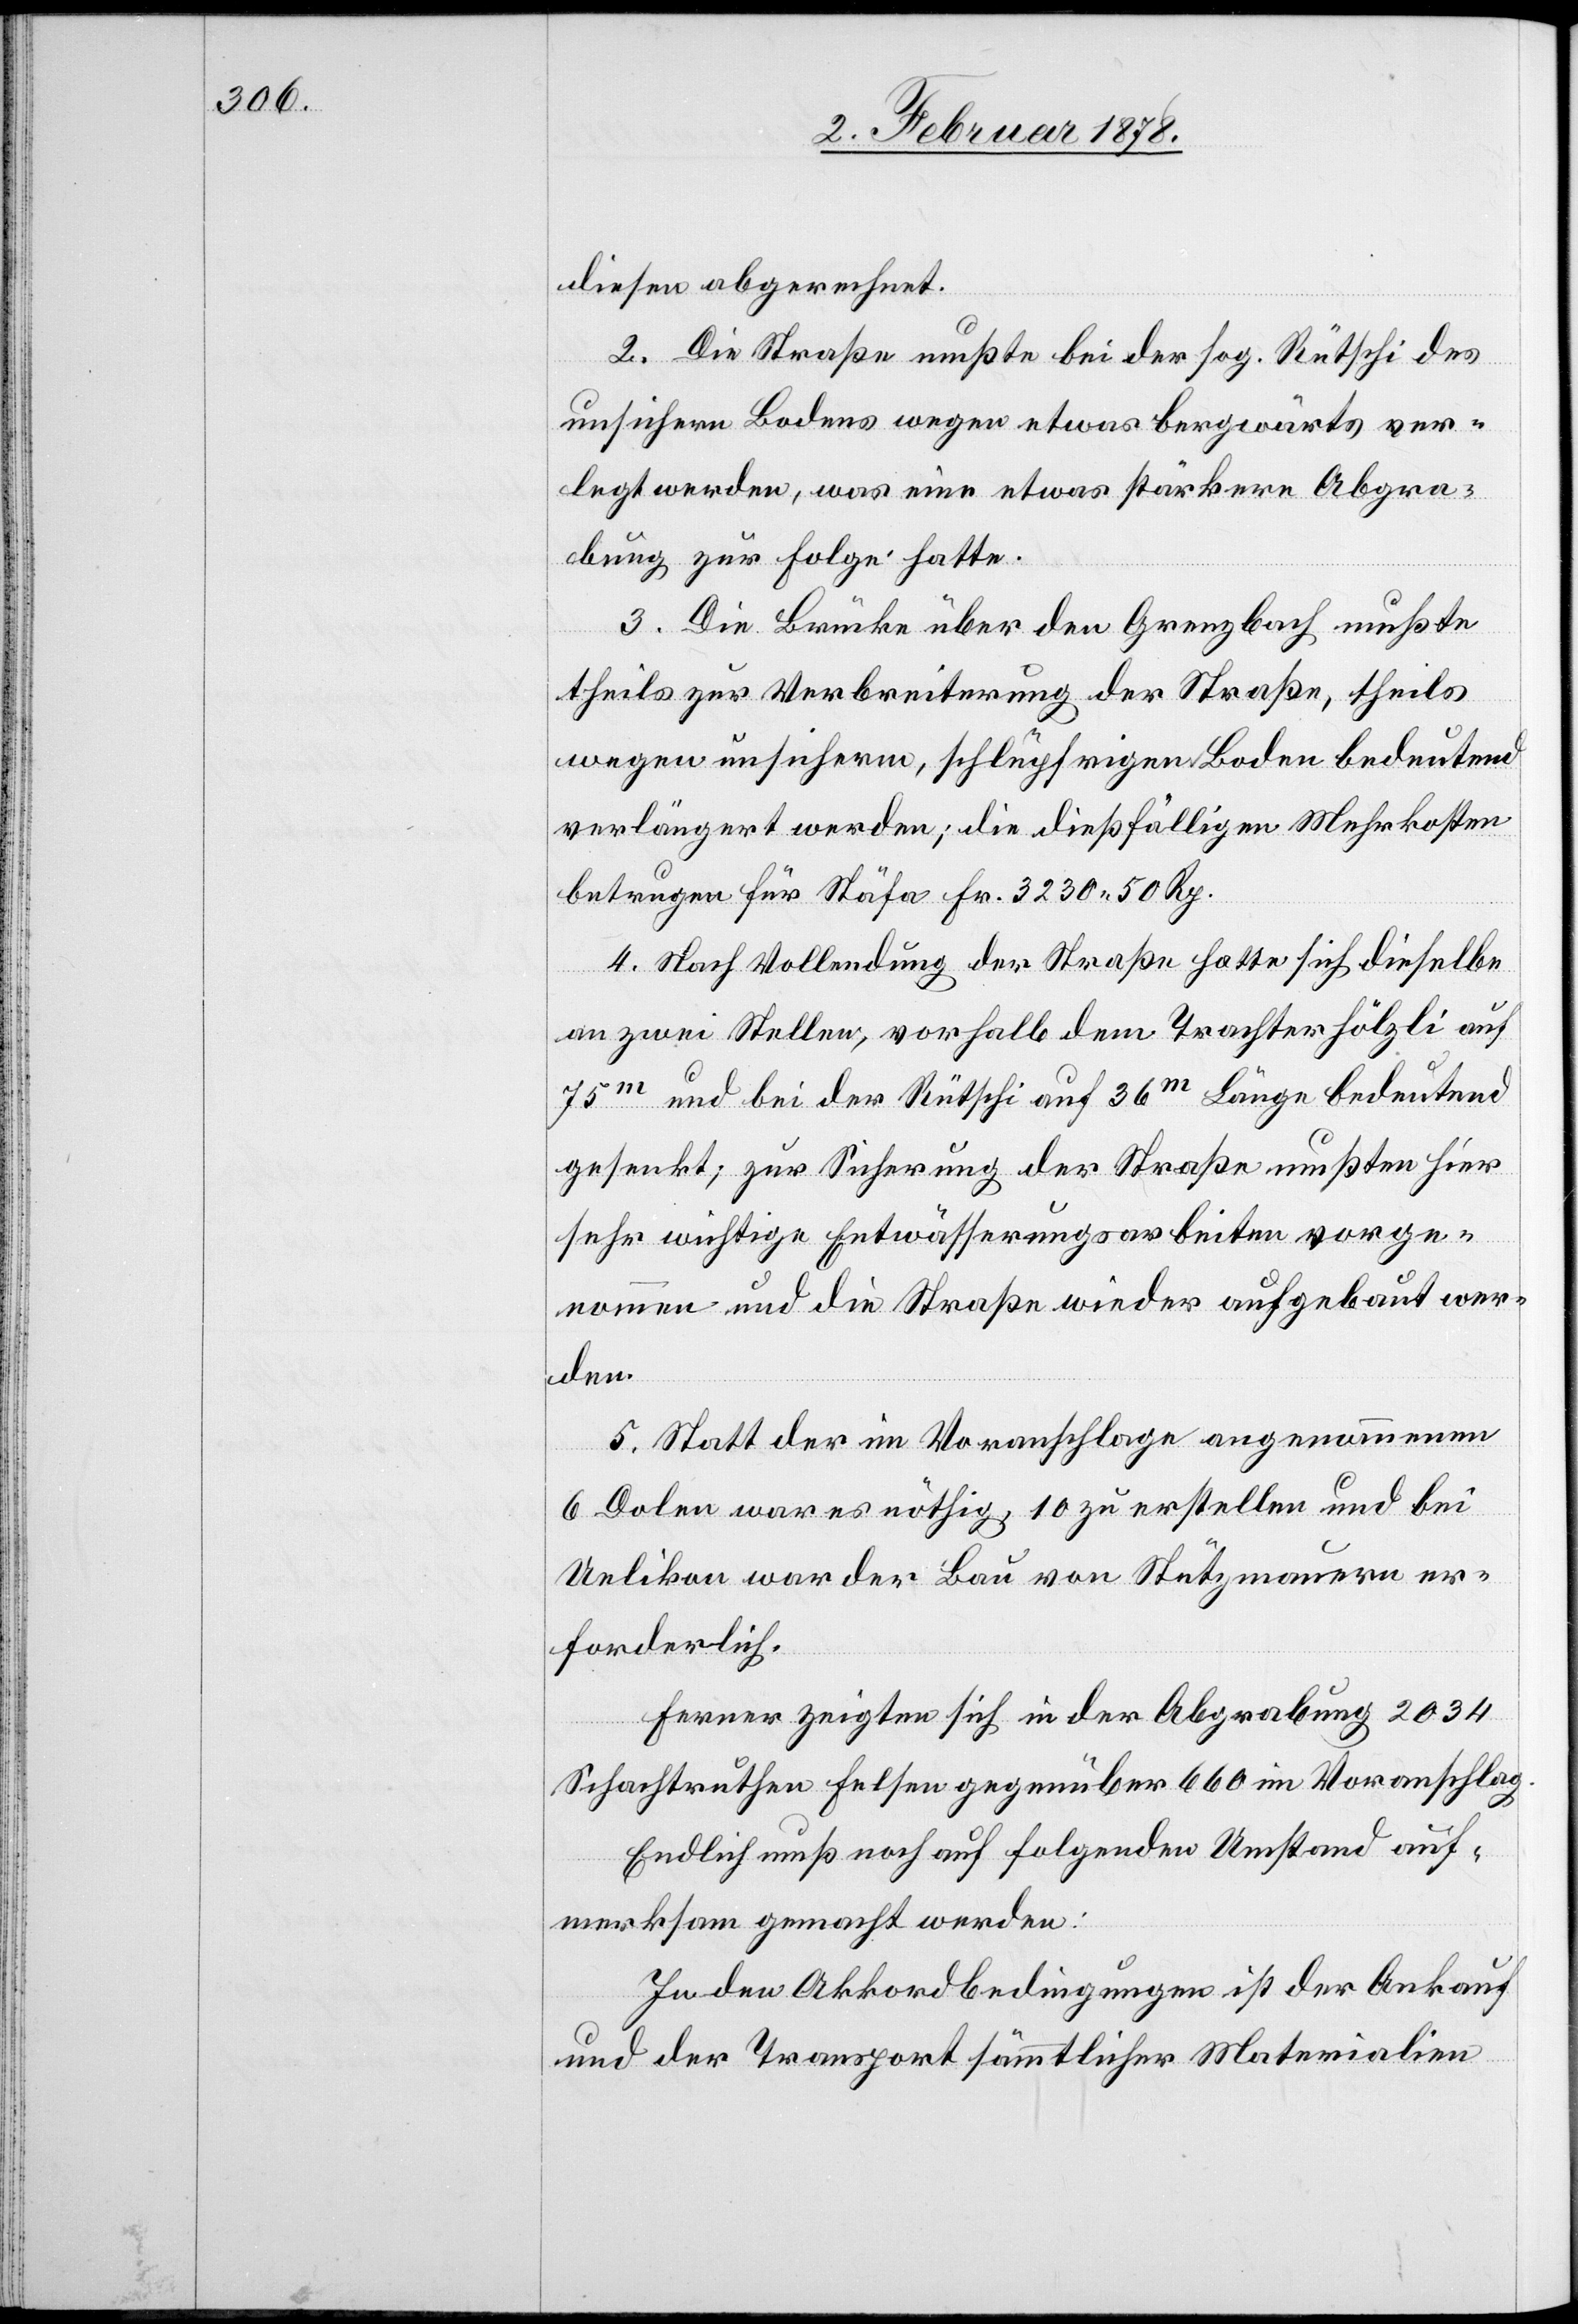
dieser abgerechnet.
2. Die Straße mußte bei der sog. Rütschi des
unsichern Bodens wegen etwas bergwärts ver¬
legt werden, was eine etwas stärkere Abgra¬
bung zur Folge hatte.
3. Die Brücke über den Grenzbach mußte
theils zur Verbreiterung der Straße, theils
wegen unsicherm, schlüpfrigem Boden bedeutend
verlängert werden; die dießfälligen Mehrkosten
betrugen für Stäfa Fr. 3250. 50 Rp.
4. Nach Vollendung der Straße hatte sich dieselbe
an zwei Stellen, vorhalb dem Trachter Hölzli auf
75m und bei der Rütschi auf 36m Länge bedeutend
gesenkt; zur Sicherung der Straße mußten hier
sehr wichtige Entwässerungsarbeiten vorge¬
nommen und die Straße wieder aufgebaut wer¬
den.
5. Statt der im Voranschlage angenommenen
6 Dolen war es nöthig, 10 zu erstellen und bei
Uelikon war der Bau von Stützmauern er¬
forderlich.
Ferner zeigten sich in der Abgrabung 2034
Schachtruthen Felsen gegenüber 660 im Voranschlag.
Endlich muß noch auf folgenden Umstand auf¬
merksam gemacht werden:
In den Akkordbedingungen ist der Ankauf
und der Transport sämmtlicher Materialien